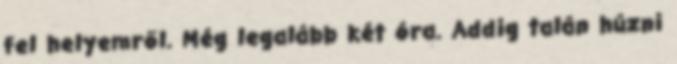
fel helyemről. Még legalább két óra. Addig talán húzni